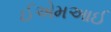
ઈએમઆઈ